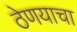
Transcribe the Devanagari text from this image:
ठेणयाचा